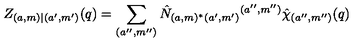
Z _ { ( a , m ) | ( a ^ { \prime } , m ^ { \prime } ) } ( q ) = \sum _ { ( a ^ { \prime \prime } , m ^ { \prime \prime } ) } \hat { N } _ { ( a , m ) ^ { * } ( a ^ { \prime } , m ^ { \prime } ) } { } ^ { ( a ^ { \prime \prime } , m ^ { \prime \prime } ) } \hat { \chi } _ { ( a ^ { \prime \prime } , m ^ { \prime \prime } ) } ( q )